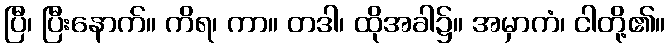
ပြီ၊ ပြီးနောက်။ ကိရ၊ ကာ။ တဒါ၊ ထိုအခါ၌။ အမှာကံ၊ ငါတို့၏။